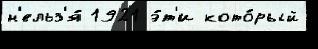
н'ельз'я́ 1921 э́т'и кото́рый